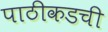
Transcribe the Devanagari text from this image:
पाठीकडची